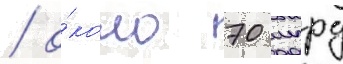
/ о́коло 70 млрд